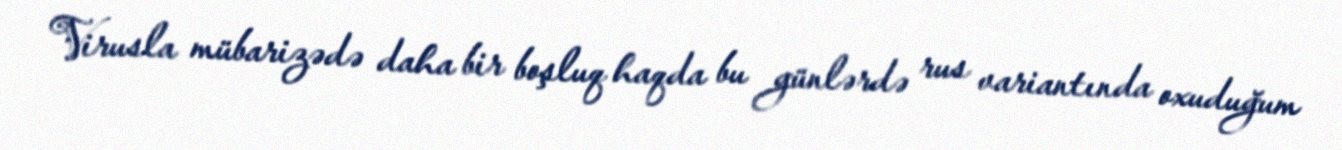
Virusla mübarizədə daha bir boşluq haqda bu günlərdə rus variantında oxuduğum